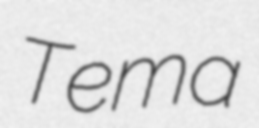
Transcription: Tema